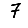
Digit: 7